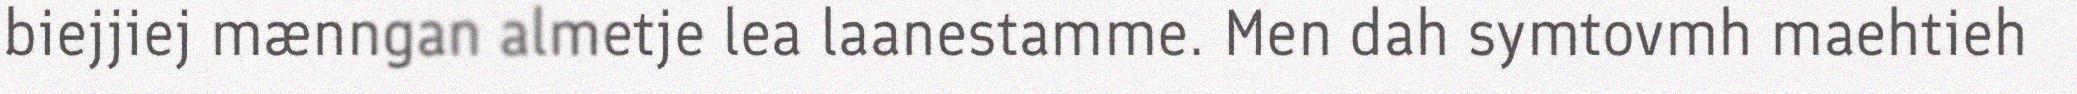
biejjiej mænngan almetje lea laanestamme. Men dah symtovmh maehtieh